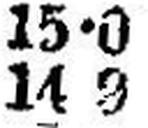
14 0